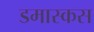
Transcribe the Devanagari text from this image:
डमास्कस